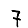
Digit: 7